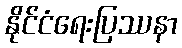
နိုင်ငံရေးပြဿနာ